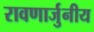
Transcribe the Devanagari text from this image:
रावणार्जुनीय